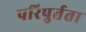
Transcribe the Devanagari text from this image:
परिपुर्तता